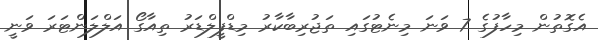
އެގޮތުން މިހާފުގެ 7 ވަނަ މިނެޓުގައި ތަޖުރިބާކާރު މިޑްފީލްޑަރު ތިއާގޯ އަލްލަންޓަރަ ވަނީ